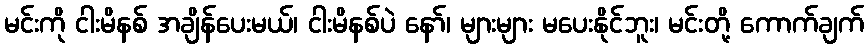
မင်းကို ငါးမိနစ် အချိန်ပေးမယ်၊ ငါးမိနစ်ပဲ နော်၊ များများ မပေးနိုင်ဘူး၊ မင်းတို့ ကောက်ချက်